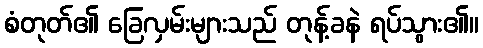
စံတုတ်၏ ခြေလှမ်းများသည် တုန့်ခနဲ ရပ်သွား၏။